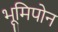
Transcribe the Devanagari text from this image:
भूमिपोन